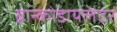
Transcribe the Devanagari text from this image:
ब्रान्कोडायलेटर